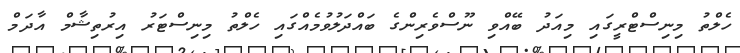
ހެލްތު މިނިސްޓްރީގައި މިއަދު ބޭއްވި ނޫސްވެރިންގެ ބައްދަލުވުމެއްގައި ހެލްތު މިނިސްޓަރު އިރުތިޝާމް އާދަމް